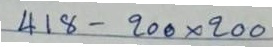
418 - 200 x 200